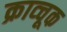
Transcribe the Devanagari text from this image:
क्राव्चूक